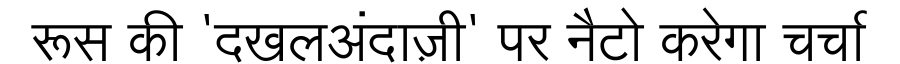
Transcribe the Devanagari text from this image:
रूस की 'दखलअंदाज़ी' पर नैटो करेगा चर्चा